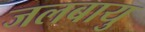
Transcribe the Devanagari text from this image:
जलबायु